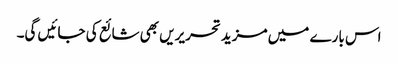
اس بارے میں مزید تحریریں بھی شائع کی جائیں گی۔